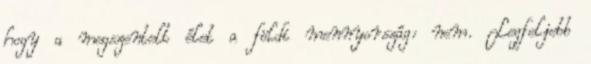
hogy a megszentelt élet a földi mennyország: nem. Legfeljebb